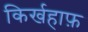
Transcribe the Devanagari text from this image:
किर्खहाफ़